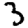
Digit: 3